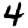
Digit: 4